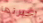
أخبرتها